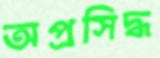
অপ্রসিদ্ধ